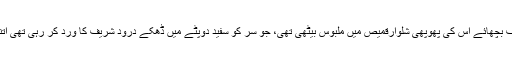
گھر کے صحن میں خوبانیوں کے پیڑوں تلے جھلنگا سی چارپائی پربوسیدہ لحاف بچھائے اُس کی پھوپھی شلوارقمیص میں ملبوس بیٹھی تھی، جو سر کو سفید دوپٹے میں ڈھکے درود شریف کا وِرد کر رہی تھی اتنی گوری جتنا سفید جھاگ اُڑاتا برف چور آبشار بغلی چٹانوں پر سے گر رہا تھا۔